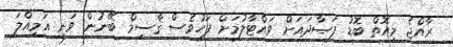
ރާއްޖެ މިއޮތް ބޮޑު ފަޞާދައަށް ވައްޓާލުމަށް ފަހުވެސް ޤާސިމް ބޭނުން ވަނީ އަމިއްލަ